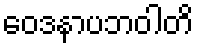
ဝေဒနာပဘဝါတိ